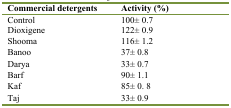
| Commercial detergents | Activity (%) |
 | --- | --- |
 | Control | 100± 0.7 |
 | Dioxigene | 122± 0.9 |
 | Shooma | 116± 1.2 |
 | Banoo | 37± 0.8 |
 | Darya | 33± 0.7 |
 | Barf | 90± 1.1 |
 | Kaf | 85± 0. 8 |
 | Taj | 33± 0.9 |